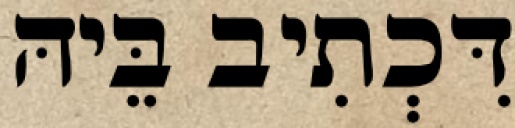
דִּכְתִיב בֵּיהּ